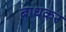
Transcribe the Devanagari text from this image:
बाधकर